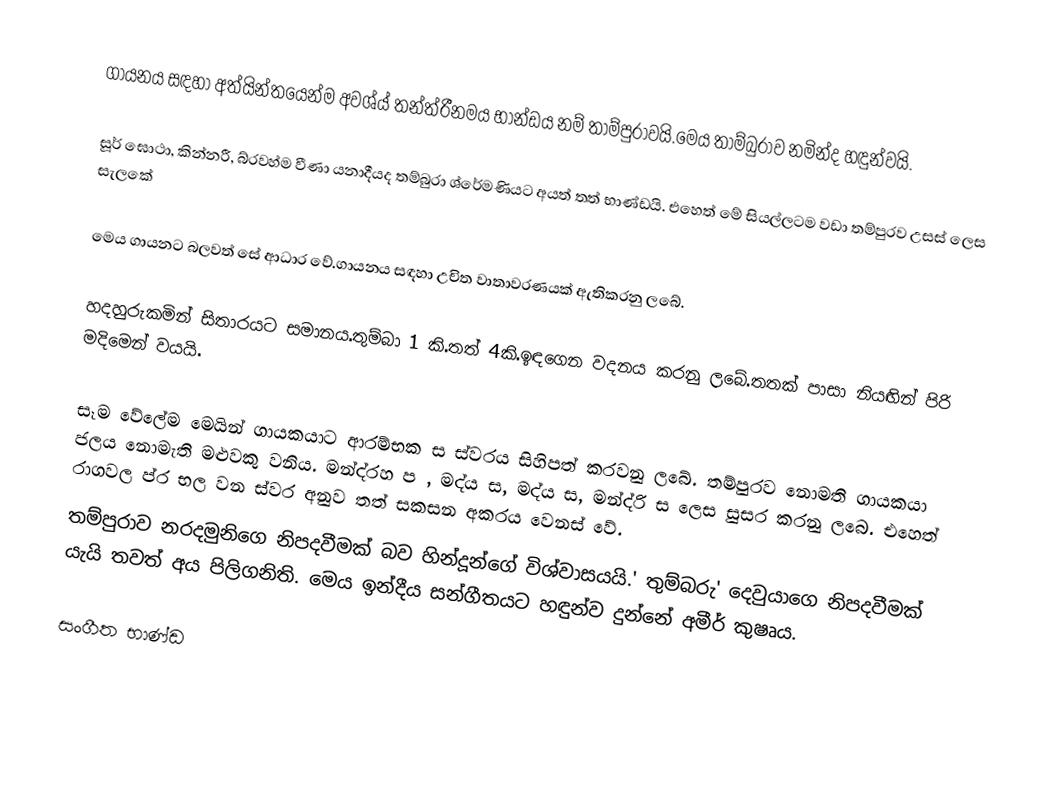
ගායනය සඳහා අත්යින්තයෙන්ම අවශ්ය් තන්ත්රීනමය භාන්ඩය නම් තාම්පුරාවයි.මෙය තාම්බුරාව නමින්ද හඳුන්වයි.

සූර් ඝොථා, කින්නරී, බ්රවහ්ම වීණා යනාදීයද තම්බුරා ශ්රේමණියට අයත් තත් භාණ්ඩයි. එහෙත් මේ සියල්ලටම වඩා තම්පුරව උසස් ලෙස සැලකේ

මෙය ගායනට බලවත් සේ ආධාර වේ.ගායනය සඳහා උචිත වාතාවරණයක් ඇතිකරනු ලබේ.

හදහුරුකමින් සිතාරයට සමානය.තුම්බා 1 කි.තත් 4කි.ඉඳගෙන වදනය කරනු ලබේ.තතක් පාසා නියඟින් පිරි මදිමෙන් වයයි.

සෑම වේලේම මෙයින් ගායකයාට ආරම්භක ස ස්වරය සිහිපත් කරවනු ලබේ. තම්පුරව නොමති ගායකයා ජලය නොමැති මළුවකු වනිය. මන්ද්රහ ප , මද්ය ස, මද්ය ස, මන්ද්රි ස ලෙස සුසර කරනු ලබෙ. එහෙත් රාගවල ප්ර භල වන ස්වර අනුව තත් සකසන අකරය වෙනස් වේ.
තම්පුරාව නරදමුනිගෙ නිපදවීමක් බව හින්දූන්ගේ විශ්වාසයයි.' තුම්බරු' දෙවුයාගෙ නිපදවීමක් යැයි තවත් අය පිලිගනිති. මෙය ඉන්දීය සන්ගීතයට හඳුන්ව දුන්නේ අමීර් කුෂෘය.

සංගීත භාණ්ඩ